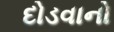
દોડવાનો